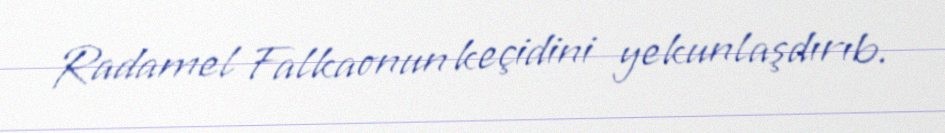
Radamel Falkaonun keçidini yekunlaşdırıb.